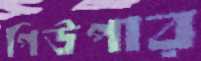
পিউপার